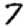
Digit: 7